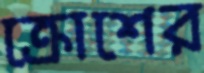
ক্রোশের